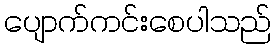
ပျောက်ကင်းစေပါသည်